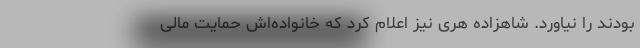
بودند را نیاورد. شاهزاده هری نیز اعلام کرد که خانواده‌اش حمایت مالی